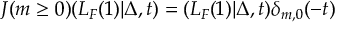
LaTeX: J ( m \ge 0 ) ( L _ { F } ( 1 ) | \Delta , t ) = ( L _ { F } ( 1 ) | \Delta , t ) \delta _ { m , 0 } ( - t )